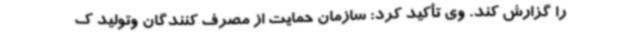
را گزارش کند. وی تأکید کرد: سازمان حمایت از مصرف کنندگان وتولید ک